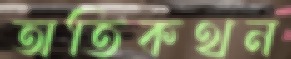
অতিকথন